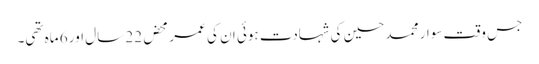
جس وقت سوار محمد حسین کی شہادت ہوئی ان کی عمر محض 22 سال اور 6 ماہ تھی۔